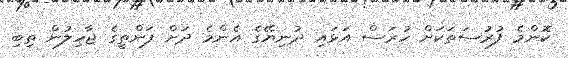
ކޮންމެ ފުރުސަތަކަށް ހުރަސް އަޅައި ދުނިޔޭގެ އެންމެ ދަށް ފަންތީގެ ޖާހިލުން ތިބި